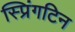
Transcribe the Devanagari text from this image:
स्प्रिंगटिन